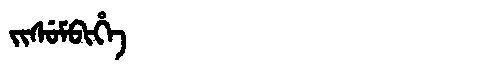
Manchu: ᠵᡳᠰᡠᠮᠪᡳᡥᡝ
Romanization: JISUMBIHE